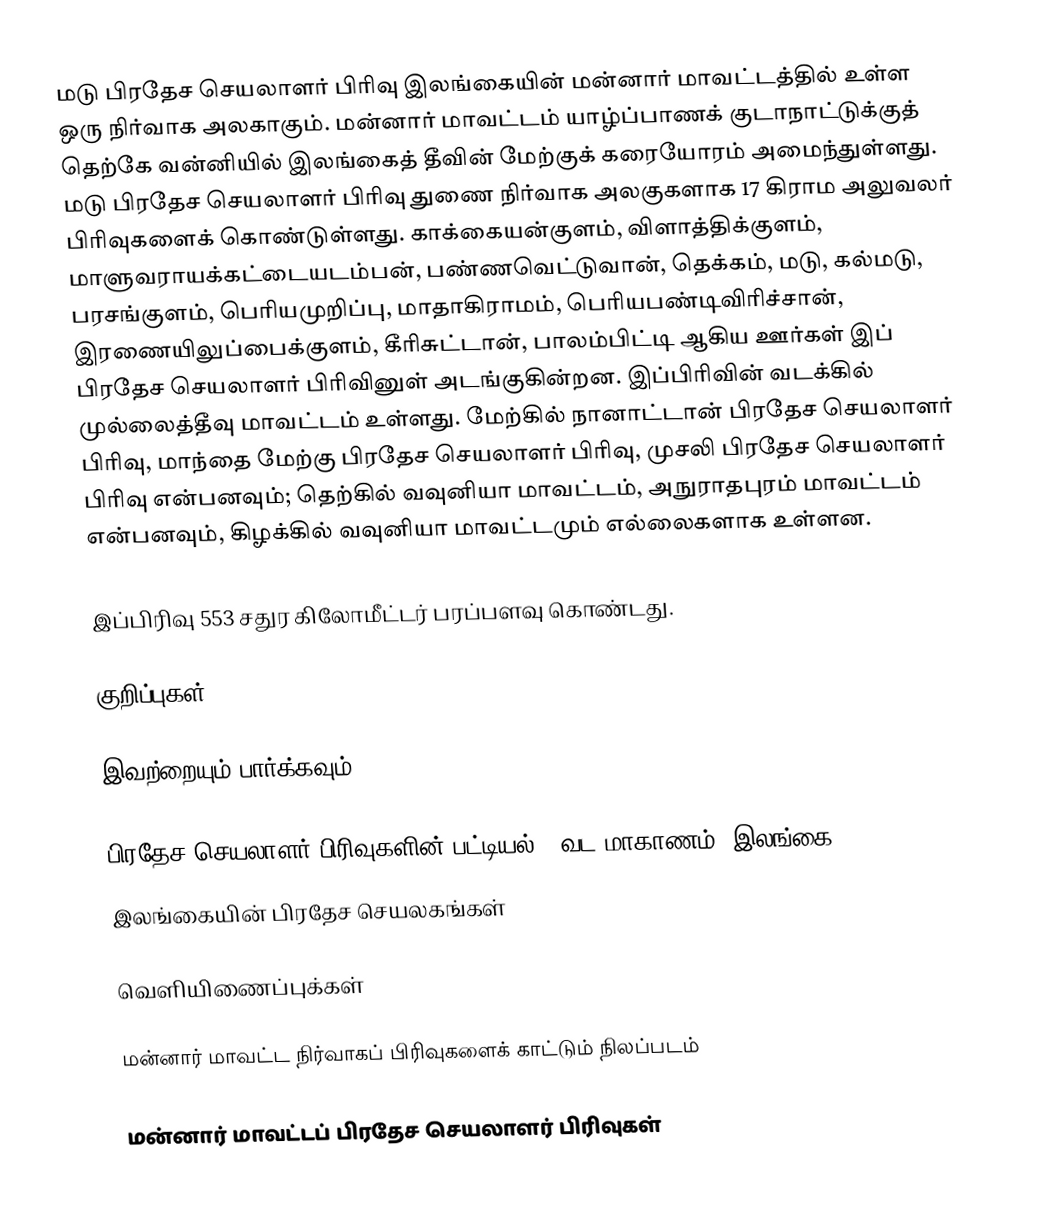
மடு பிரதேச செயலாளர் பிரிவு இலங்கையின் மன்னார் மாவட்டத்தில் உள்ள ஒரு நிர்வாக அலகாகும். மன்னார் மாவட்டம் யாழ்ப்பாணக் குடாநாட்டுக்குத் தெற்கே வன்னியில் இலங்கைத் தீவின் மேற்குக் கரையோரம் அமைந்துள்ளது. மடு பிரதேச செயலாளர் பிரிவு துணை நிர்வாக அலகுகளாக 17 கிராம அலுவலர் பிரிவுகளைக் கொண்டுள்ளது. காக்கையன்குளம், விளாத்திக்குளம், மாளுவராயக்கட்டையடம்பன், பண்ணவெட்டுவான், தெக்கம், மடு, கல்மடு, பரசங்குளம், பெரியமுறிப்பு, மாதாகிராமம், பெரியபண்டிவிரிச்சான், இரணையிலுப்பைக்குளம், கீரிசுட்டான், பாலம்பிட்டி ஆகிய ஊர்கள் இப் பிரதேச செயலாளர் பிரிவினுள் அடங்குகின்றன. இப்பிரிவின் வடக்கில் முல்லைத்தீவு மாவட்டம் உள்ளது. மேற்கில் நானாட்டான் பிரதேச செயலாளர் பிரிவு, மாந்தை மேற்கு பிரதேச செயலாளர் பிரிவு, முசலி பிரதேச செயலாளர் பிரிவு என்பனவும்; தெற்கில் வவுனியா மாவட்டம், அநுராதபுரம் மாவட்டம் என்பனவும், கிழக்கில் வவுனியா மாவட்டமும் எல்லைகளாக உள்ளன.

இப்பிரிவு 553 சதுர கிலோமீட்டர் பரப்பளவு கொண்டது.

குறிப்புகள்

இவற்றையும் பார்க்கவும்

 பிரதேச செயலாளர் பிரிவுகளின் பட்டியல் - வட மாகாணம், இலங்கை
 இலங்கையின் பிரதேச செயலகங்கள்

வெளியிணைப்புக்கள்

 மன்னார் மாவட்ட நிர்வாகப் பிரிவுகளைக் காட்டும் நிலப்படம்

மன்னார் மாவட்டப் பிரதேச செயலாளர் பிரிவுகள்